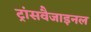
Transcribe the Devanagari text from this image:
ट्रांसवैजाइनल